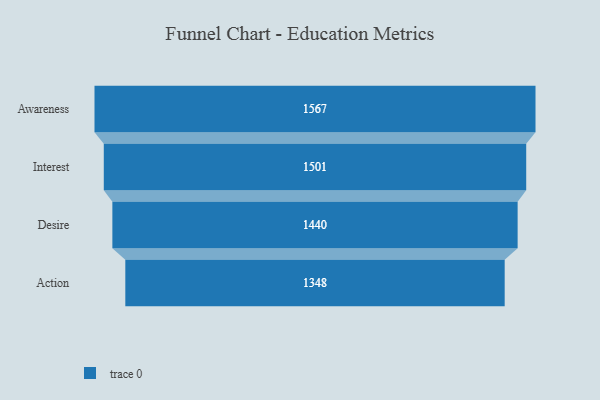
{"axis": {"x": "Stage", "y": "Value"}, "legend": [""], "data": [{"x": "Awareness", "y": 1567.0, "type": ""}, {"x": "Interest", "y": 1501.0, "type": ""}, {"x": "Desire", "y": 1440.0, "type": ""}, {"x": "Action", "y": 1348.0, "type": ""}]}